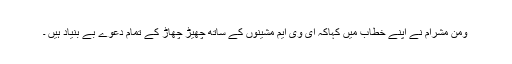
ومن مشرام نے اپنے خطاب میں کہاکہ ای وی ایم مشینوں کے ساتھ چھیڑ چھاڑ کے تمام دعوے بے بنیاد ہیں ۔